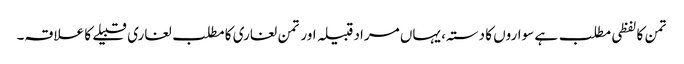
تمن کا لفظی مطلب ہے سواروں کا دستہ، یہاں مراد قبیلہ اور تمن لغاری کا مطلب لغاری قبیلے کا علاقہ۔